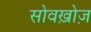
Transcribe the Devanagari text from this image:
सोवख़ोज़